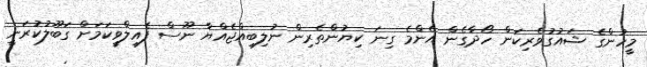
މީހުންގެ ޝައުގުވެރިކަން ހޯދާގެން އެންމެ ގިނަ ކިޔުންތެރިން ނުލިބިއްޖެއްޔާ ނޫސް ފެއިލްވީކަމަށް ގަބޫލުކުރަނީ